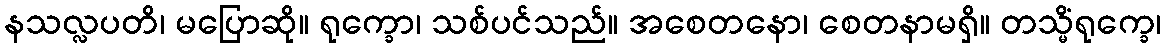
နသလ္လပတိ၊ မပြောဆို။ ရုက္ခော၊ သစ်ပင်သည်။ အစေတနော၊ စေတနာမရှိ။ တသ္မိံရုက္ခေ၊